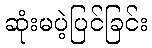
ဆုံးမပဲ့ပြင်ခြင်း